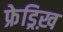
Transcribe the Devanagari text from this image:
फ्रेड्रिख़